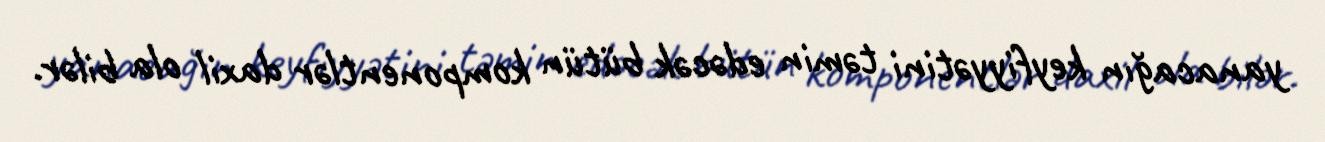
yanacağın keyfiyyətini təmin edəcək bütün komponentlər daxil ola bilər.